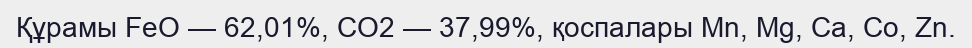
Құрамы FeO — 62,01%, CO2 — 37,99%, қоспалары Mn, Mg, Ca, Co, Zn.